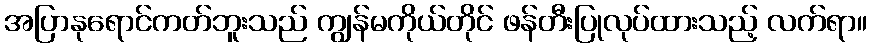
အပြာနုရောင်ကတ်ဘူးသည် ကျွန်မကိုယ်တိုင် ဖန်တီးပြုလုပ်ထားသည့် လက်ရာ။